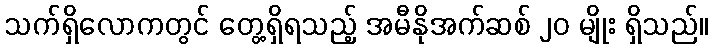
သက်ရှိလောကတွင် တွေ့ရှိရသည့် အမီနိုအက်ဆစ် ၂၀ မျိုး ရှိသည်။